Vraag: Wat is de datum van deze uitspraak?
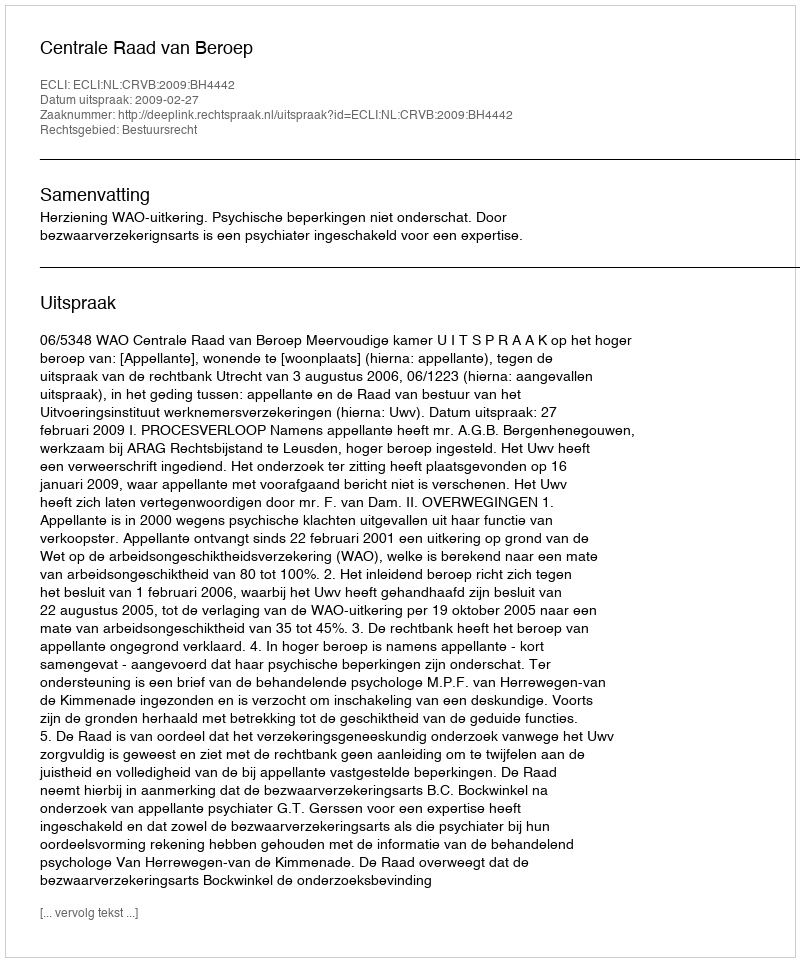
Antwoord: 2009-02-27